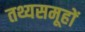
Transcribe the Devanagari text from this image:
तथ्यसमूहों